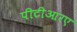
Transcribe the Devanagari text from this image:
पीटीआरए